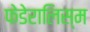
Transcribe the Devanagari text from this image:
फेडेरालिस्म